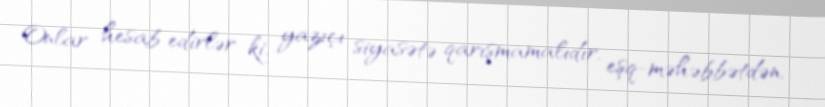
Onlar hesab edirlər ki, yazıçı siyasətə qarışmamalıdır, eşq-məhəbbətdən,